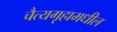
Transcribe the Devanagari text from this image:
चैत्यगृहामधील